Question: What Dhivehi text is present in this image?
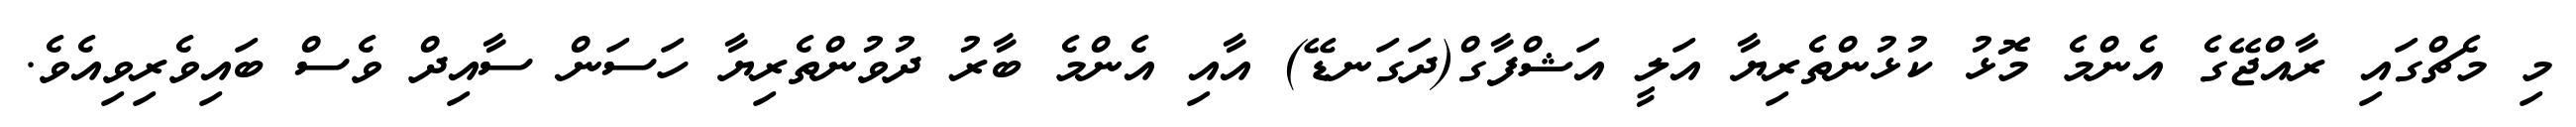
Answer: މި މެޗްގައި ރާއްޖޭގެ އެންމެ މޮޅު ކުޅުންތެރިޔާ އަލީ އަޝްފާގް(ދަގަނޑޭ) އާއި އެންމެ ބާރު ދުވުންތެރިޔާ ހަސަން ސާއިދް ވެސް ބައިވެރިވިއެވެ.